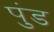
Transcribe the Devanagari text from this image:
पुंड